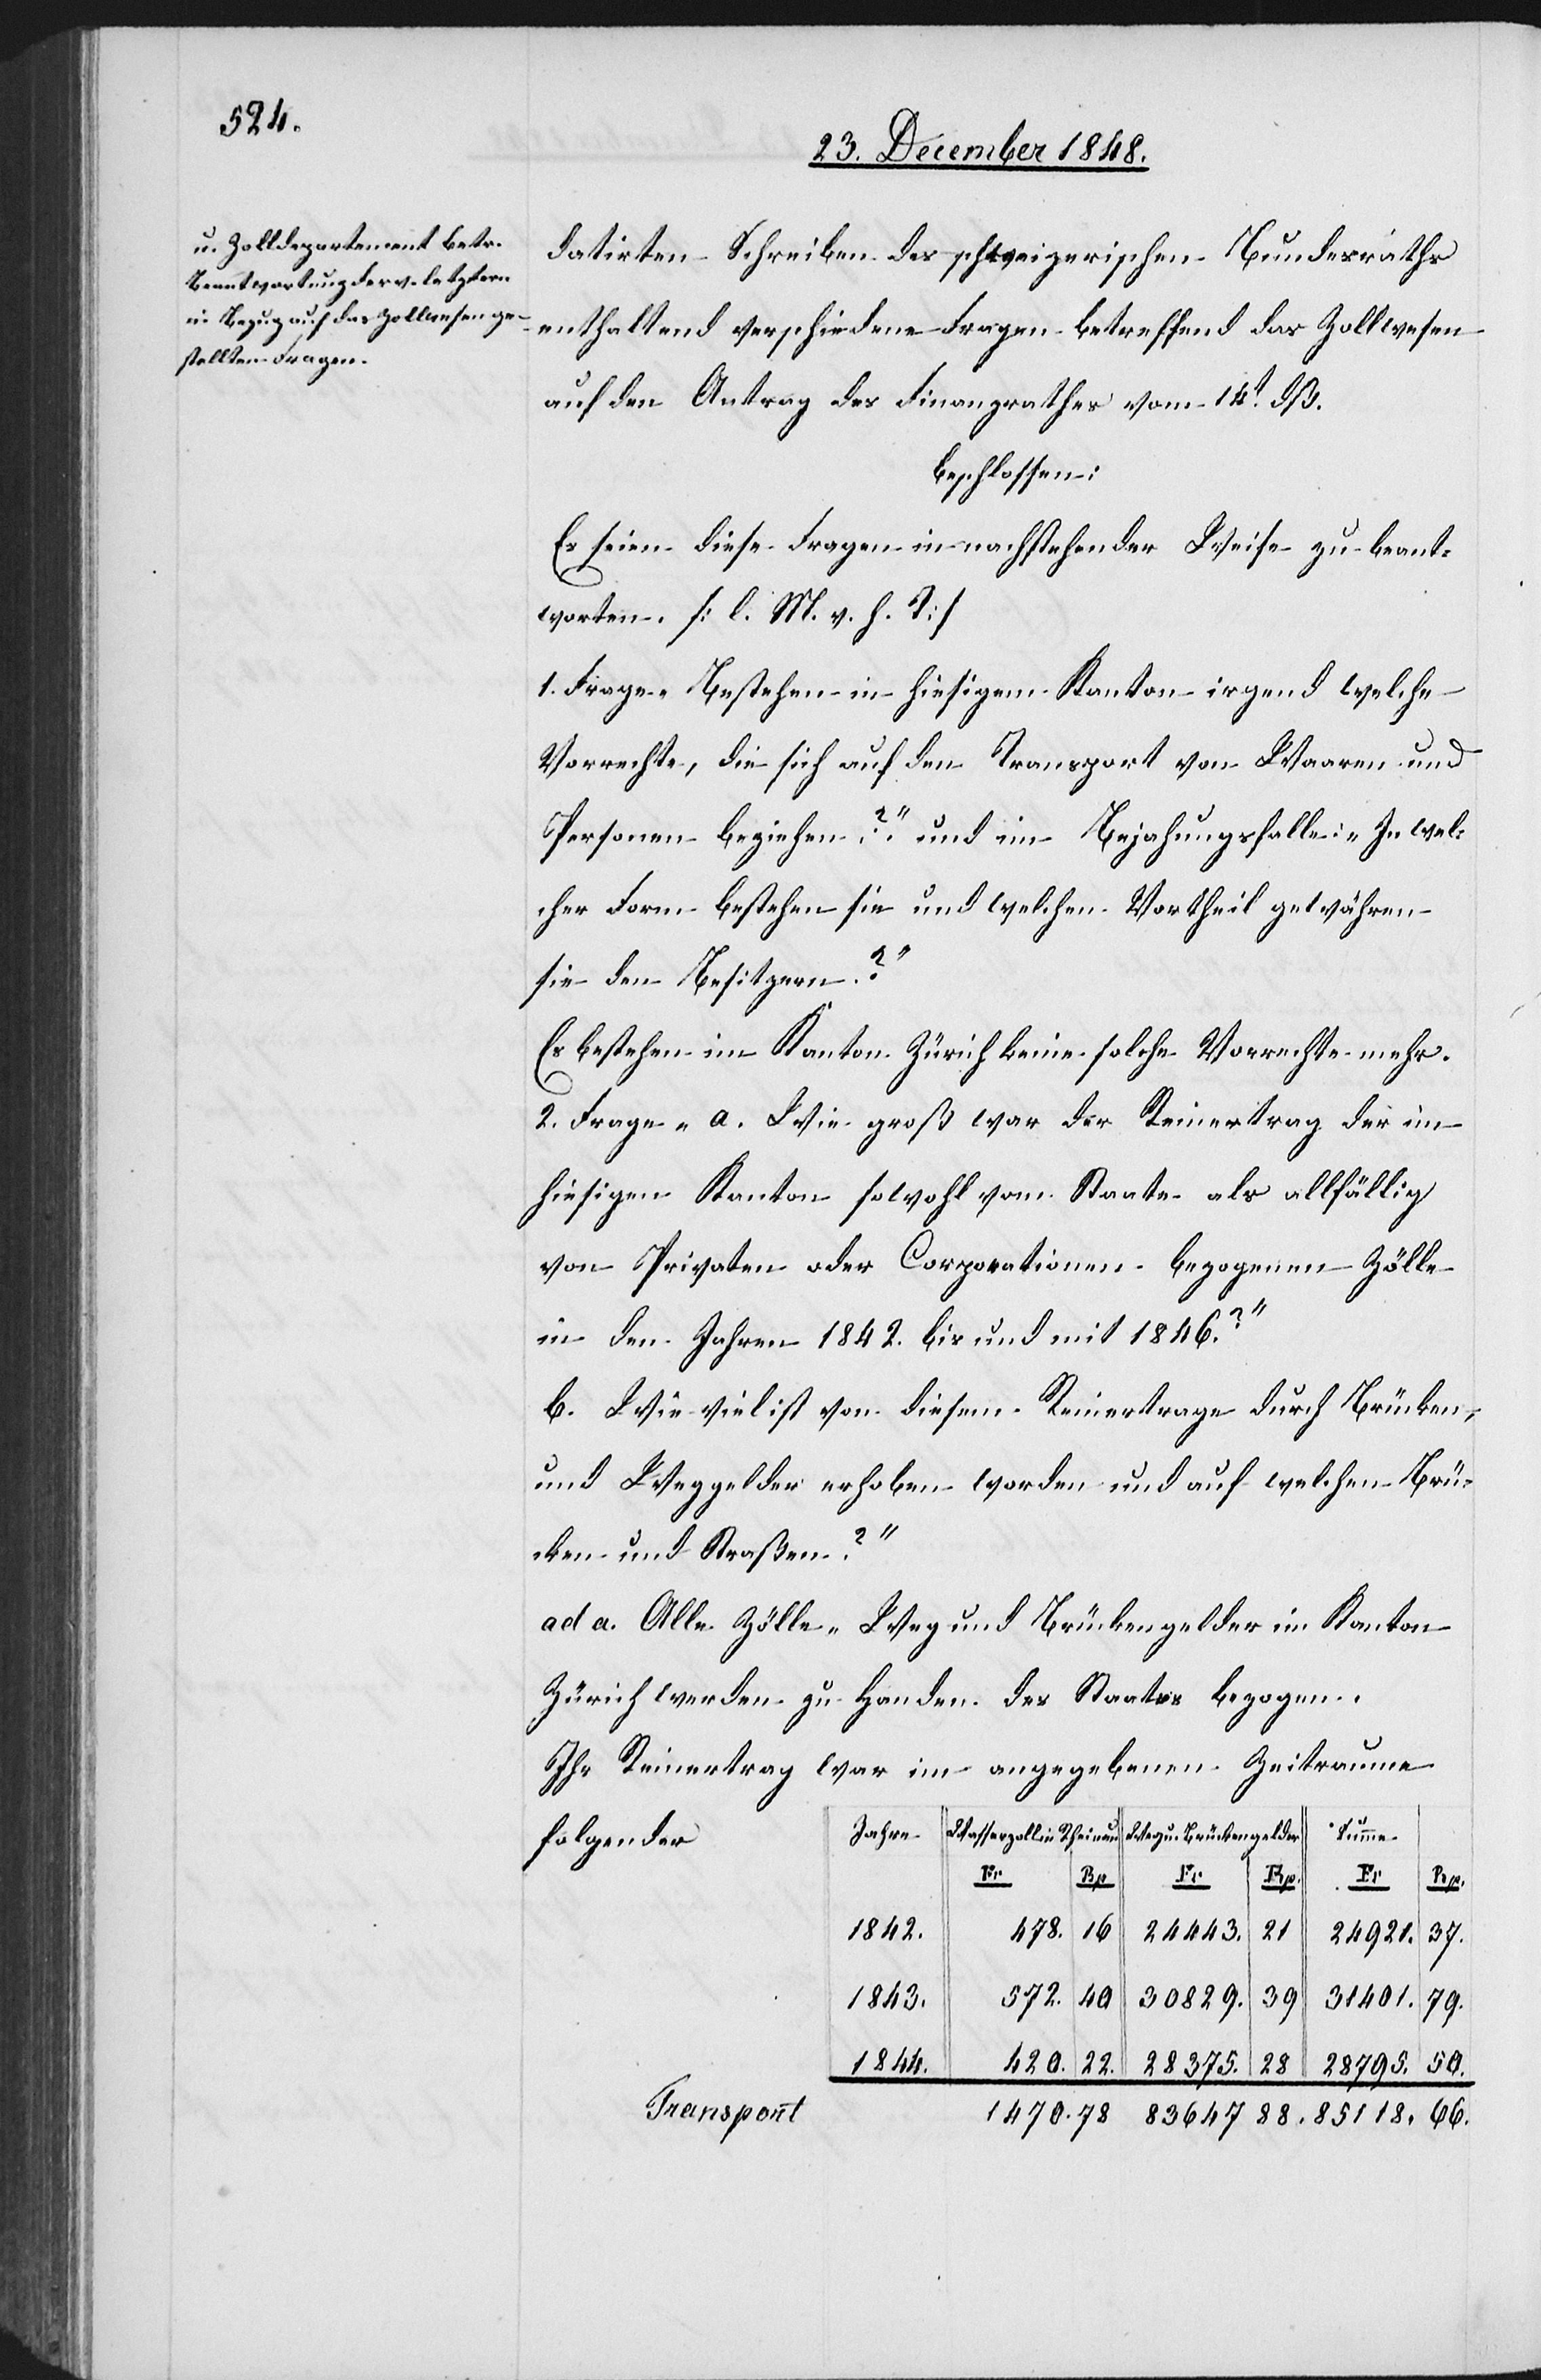
datirten Schreiben des schweizerischen Bundesraths
enthaltend verschiedene Fragen betreffend das Zollwesen
auf den Antrag des Finanzrathes vom 14t dß.
beschlossen:
Es seien diese Fragen in nachstehender Weise zu beant¬
worten. [l. M. v. h. T]
1. Frage „Bestehen in hiesigem Kanton irgend welche
Vorrechte, die sich auf den Transport von Waaren und
Personen beziehen?“ und im Bejahungsfalle: „In wel¬
cher Form bestehen sie und welchen Vortheil gewähren
sie den Besitzern?“
Es bestehen im Kanton Zürich keine solche Vorrechte mehr.
2. Frage „a. Wie groß war der Reinertrag der im
hiesigen Kanton sowohl vom Staate als allfällig
von Privaten oder Corporationen bezogenen Zölle
in den Jahren 1842. bis und mit 1846.?
b. Wie viel ist von diesem Reinertrage durch Brücken-
und Weggelder erhoben worden und auf welchen Brü¬
cken und Straßen?“
ad a. Alle Zölle-[,] Weg[-] und Brückengelder im Kanton
Zürich werden zu Handen des Staates bezogen.
Ihr Reinertrag war im angegebenen Zeitraume
Summe
folgender
88.
85
Fr
Rp
Fr
Rp
1842.
66.
118.
21
37.
24 921.
39
40
572.
31 401.
30 829.
1843.
78
83 647
420.
22.
28 375.
28 795.
1844.
Transport